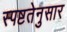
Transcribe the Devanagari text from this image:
स्पष्टतेनुसार